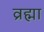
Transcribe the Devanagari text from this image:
व्रह्मा